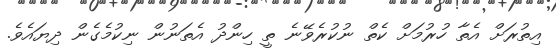
އިތުރަށް އެތާ ހުރުމަށް ކެތް ނުކުރެވޭނެ ތީ ހިންދު އެތަނުން ނިކުމެގެން ދިޔައެވެ.